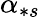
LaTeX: \alpha_{\ast s}